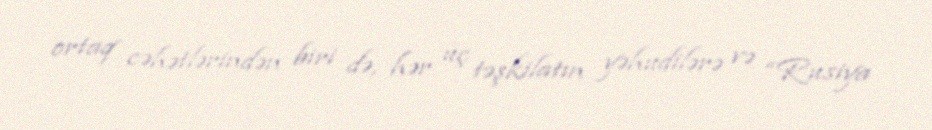
ortaq cəhətlərindən biri də, hər üç təşkilatın yəhudilərə və “Rusiya